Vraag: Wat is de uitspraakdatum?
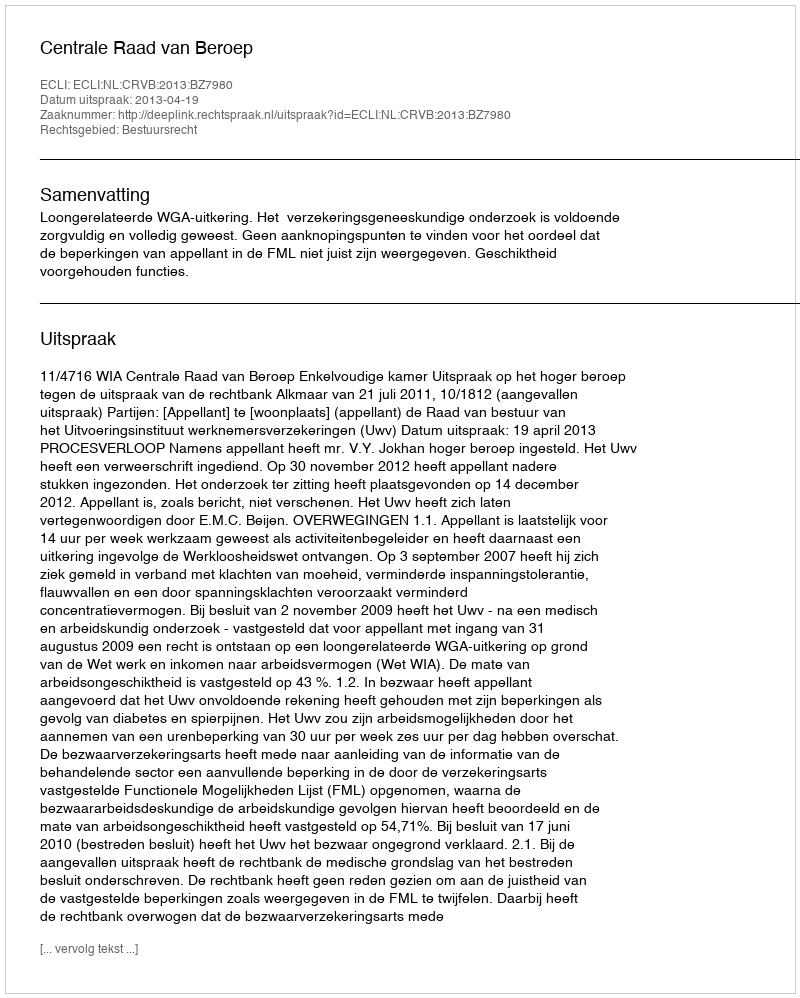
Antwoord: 2013-04-19